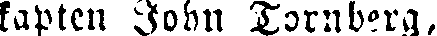
kapten John Tornberg,